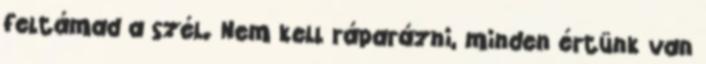
feltámad a szél. Nem kell ráparázni, minden értünk van